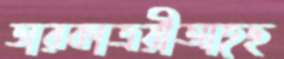
তারকাত্রয়ীআহছ